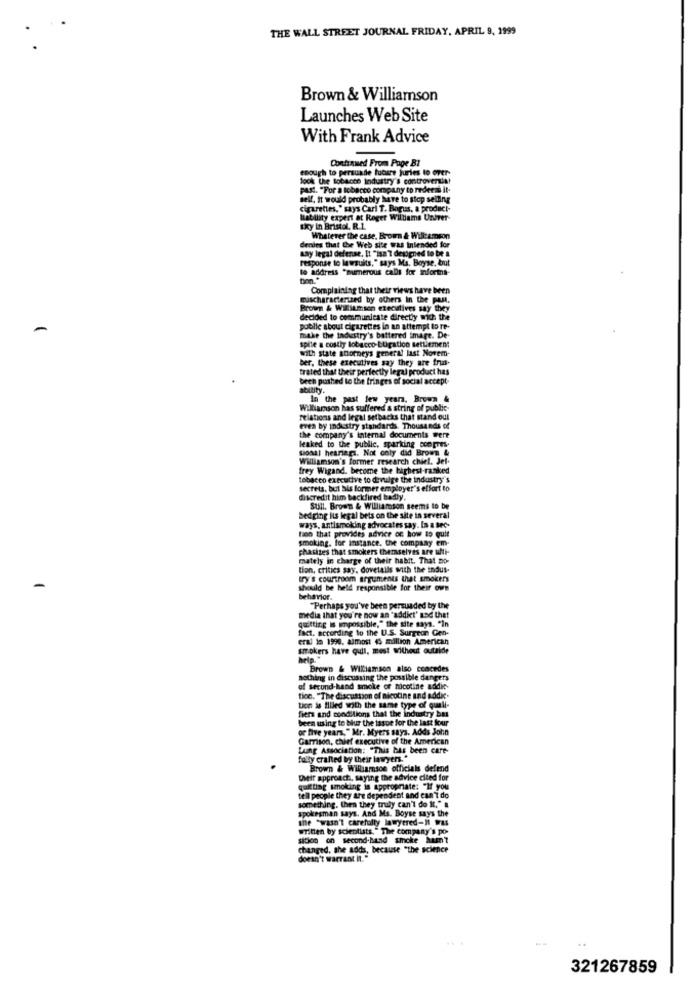
THE WALL STREET JOURNAL FRIDAY, APRIL 9, 1999
Brown & Williamson
Launches Web Site
With Frank Advice
Continued From Page BI
enough to persuade tucare juries to over-
look the tobacco industry's controversia!
past. "For a tobacco company to rederat it-
self. it would probably have to stop selling
cigarettes," says Carl T. Bogus, a product-
liability expert at Roger Williams Univer-
tky in Bristol. R.1.
denies that the Web site was intended for
Whatever the case. Broren & Wil:amson
may legal defense, It "isa'l designed to be a
response to lawsuits," says Ma. Boyse, but
to address "numerous cabs for informa-
Complaining that their views have been
nuischaracterized by others In the past.
Brown & Williamson executives say they
decided to communicate directly wich the
public about cigarettes in an attempt to re-
make the industry's battered image. De-
spille a costly lobacco-Lugation settlement
with state attorneys general last Novem-
ber, these executives say they are trut-
trated that their perfectly legal product has
bech pushed to the fringes of social accept-
ability.
In the past few years, Brown &
Williamson has suffered a string of public-
relations and legal setbacks that stand out
even by industry standards. Thousands of
the company's internal documents were
leaked to the public, sparking ccegres-
sional hearings. Not only did Brom &
Williamson's former research chiel. Jef.
frey Wigand, become the highest ranked
tobacco executive to divulge the industry's
secrets, but his former employer's effort to
discredit him backfired badly.
Sull. Brown & Williamson seems to be
bedging its legal bets on the site in several
ways, antismoking advocates say. In a sec-
tion that provides advice on how to quit
smoking, for instance, the company em-
phasites that smokers themselves are ulti-
mately in charge of their habit. That no-
tion, critics say, dovetails with the indus-
try's courtroom arguments that smokers
should be held responsible for their own
behavior.
"Perhaps you've been persuaded by the
media that you're now an "addict' and that
gutting is impossible," the site says. "In
fact. according to the U.S. Surgeon Gen-
erai in 1990. almost 45 million American
smokers have quil, mest Without outside
help."
Brown & Williamson also concedes
nothing in discussing the possible dangers
of second-hand smoke of nicotine addic-
tion. "The discussion of nicotine and addic.
fiers and conditions that the industry bas
tion is filled with the same type of quell-
been using to blur the tasue for the last four
of five years," Mr. Myers says. Adds John
Garrison, chief executive of the American
Lung Association: "This bas been care-
fully crafted by their lawyers."
Brown & Williamson officials defend
Dieir approach ., saying the advice cited for
quitting smoking is appropriate: "If you
tell people they are dependent and can't do
something, then they truly can't do It." a
spokesman says. And Ms. Boyse says the
the "wasn't carefully lawyered-It Was
written by scientists." The Company's po-
sition on second-hand smoke ham?
Changed. she adds, because "the science
doesn't warrant it."
321267859